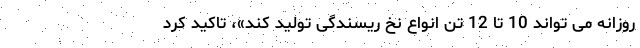
روزانه می تواند 10 تا 12 تن انواع نخ ریسندگی تولید کند»، تاکید کرد